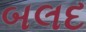
બલદ